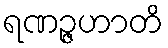
ရဏဉ္ဇဟာတိ